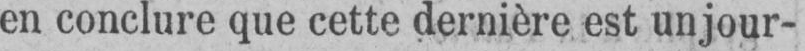
en conclure que cette dernière est un jour-